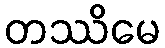
တဿိမေ